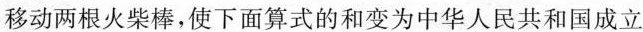
移动两根火柴棒，使下面算式的和变为中华人民共和国成立